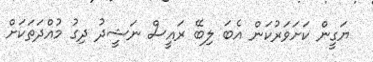
ޔަގީން ކަށަވަރުކަން އެބަ ލިބޭ ރައީސް ނަޝީދު ދިގު މުއްދަތަކަށް